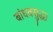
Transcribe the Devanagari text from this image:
बांधवसुद्धा